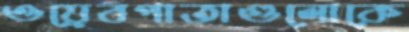
ওয়েবপাতাগুলোকে